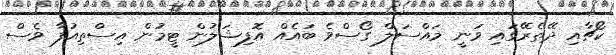
ކޯޗާއި ދޭތެރޭގައި ވަނީ މައްސަލް ގޯސްވެ ބައެއް އޮފިޝަލުން ޓީމުން އިސްތިއުފާ ވެސް